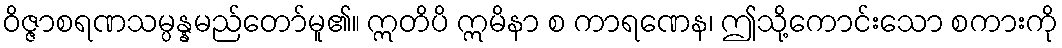
ဝိဇ္ဇာစရဏသမ္ပန္နမည်တော်မူ၏။ ဣတိပိ ဣမိနာ စ ကာရဏေန၊ ဤသို့ကောင်းသော စကားကို